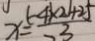
x = \frac { ( - 4 \times 2 ) + 2 5 } { 3 }